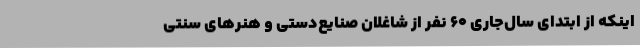
اینکه از ابتدای سال‌جاری 60 نفر از شاغلان صنایع‌دستی و هنرهای سنتی